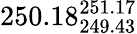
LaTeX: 250.18_{249.43}^{251.17}